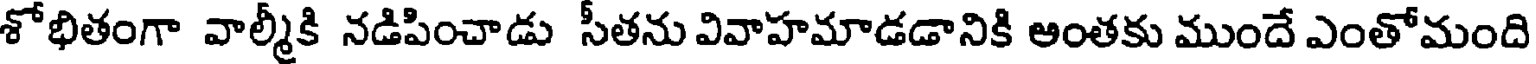
శోభితంగా వాల్మీకి నడిపించాడు సీతను వివాహమాడడానికి అంతకు ముందే ఎంతోమంది